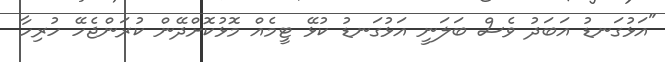
"އަޅުގަނޑު އަބަދު ވެސް ބަލަނީ އަޅުގަނޑު ކުޅޭ ޓީމެއް މޮޅުކޮށްދޭން ކުރަންޖެހޭ ހުރިހާ